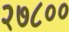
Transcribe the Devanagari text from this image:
२७८००